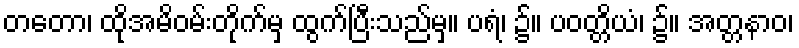
တတော၊ ထိုအမိဝမ်းတိုက်မှ ထွက်ပြီးသည်မှ။ ပရံ၊ ၌။ ပဝတ္တိယံ၊ ၌။ အတ္တနာဝ၊